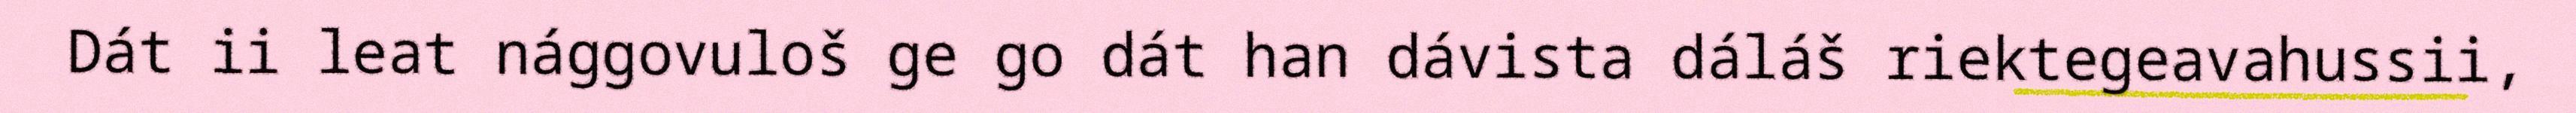
Dát ii leat nággovuloš ge go dát han dávista dáláš riektegeavahussii,